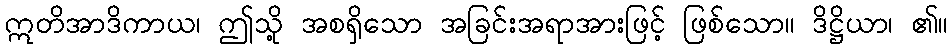
ဣတိအာဒိကာယ၊ ဤသို့ အစရှိသော အခြင်းအရာအားဖြင့် ဖြစ်သော။ ဒိဋ္ဌိယာ၊ ၏။